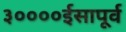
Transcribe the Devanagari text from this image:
३००००ईसापूर्व